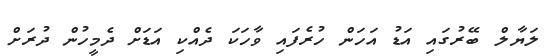
ލަޔާލް ބޭރުގައި އަޑު އަހަން ހުރެފައި ވާހަކަ ދެއްކި އަޑަށް ދެމީހުން ދުރަށް